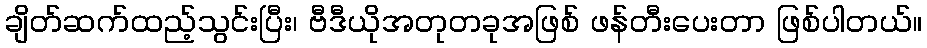
ချိတ်ဆက်ထည့်သွင်းပြီး၊ ဗီဒီယိုအတုတခုအဖြစ် ဖန်တီးပေးတာ ဖြစ်ပါတယ်။